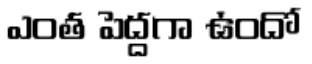
ఎంత పెద్దగా ఉందో